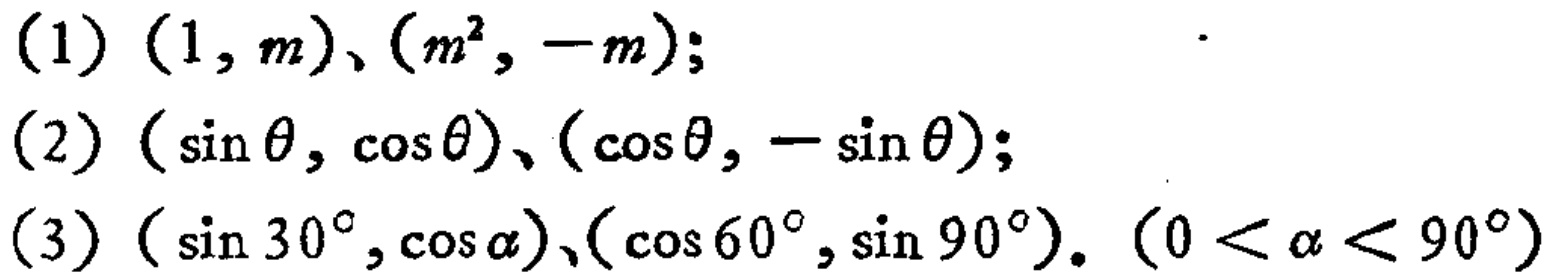
(1) \((1,m)、(m^{2},-m);\)
(2) \((\sin\theta,\cos\theta)、(\cos\theta,-\sin\theta);\)
(3) \((\sin 30^{\circ},\cos\alpha)、(\cos 60^{\circ},\sin 90^{\circ}).\ (0<\alpha<90^{\circ})\)